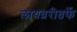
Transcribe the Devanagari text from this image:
लायब्ररीतर्फे